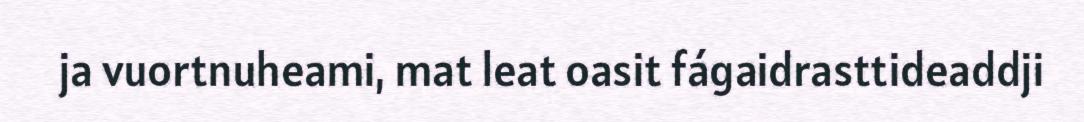
ja vuortnuheami, mat leat oasit fágaidrasttideaddji